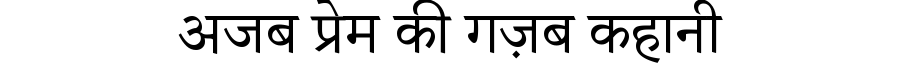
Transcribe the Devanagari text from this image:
अजब प्रेम की गज़ब कहानी